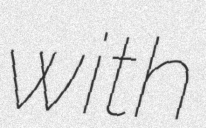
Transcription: with